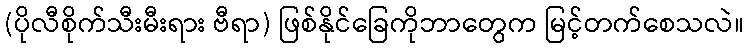
(ပိုလီစိုက်သီးမီးရား ဗီရာ) ဖြစ်နိုင်ခြေကိုဘာတွေက မြင့်တက်စေသလဲ။